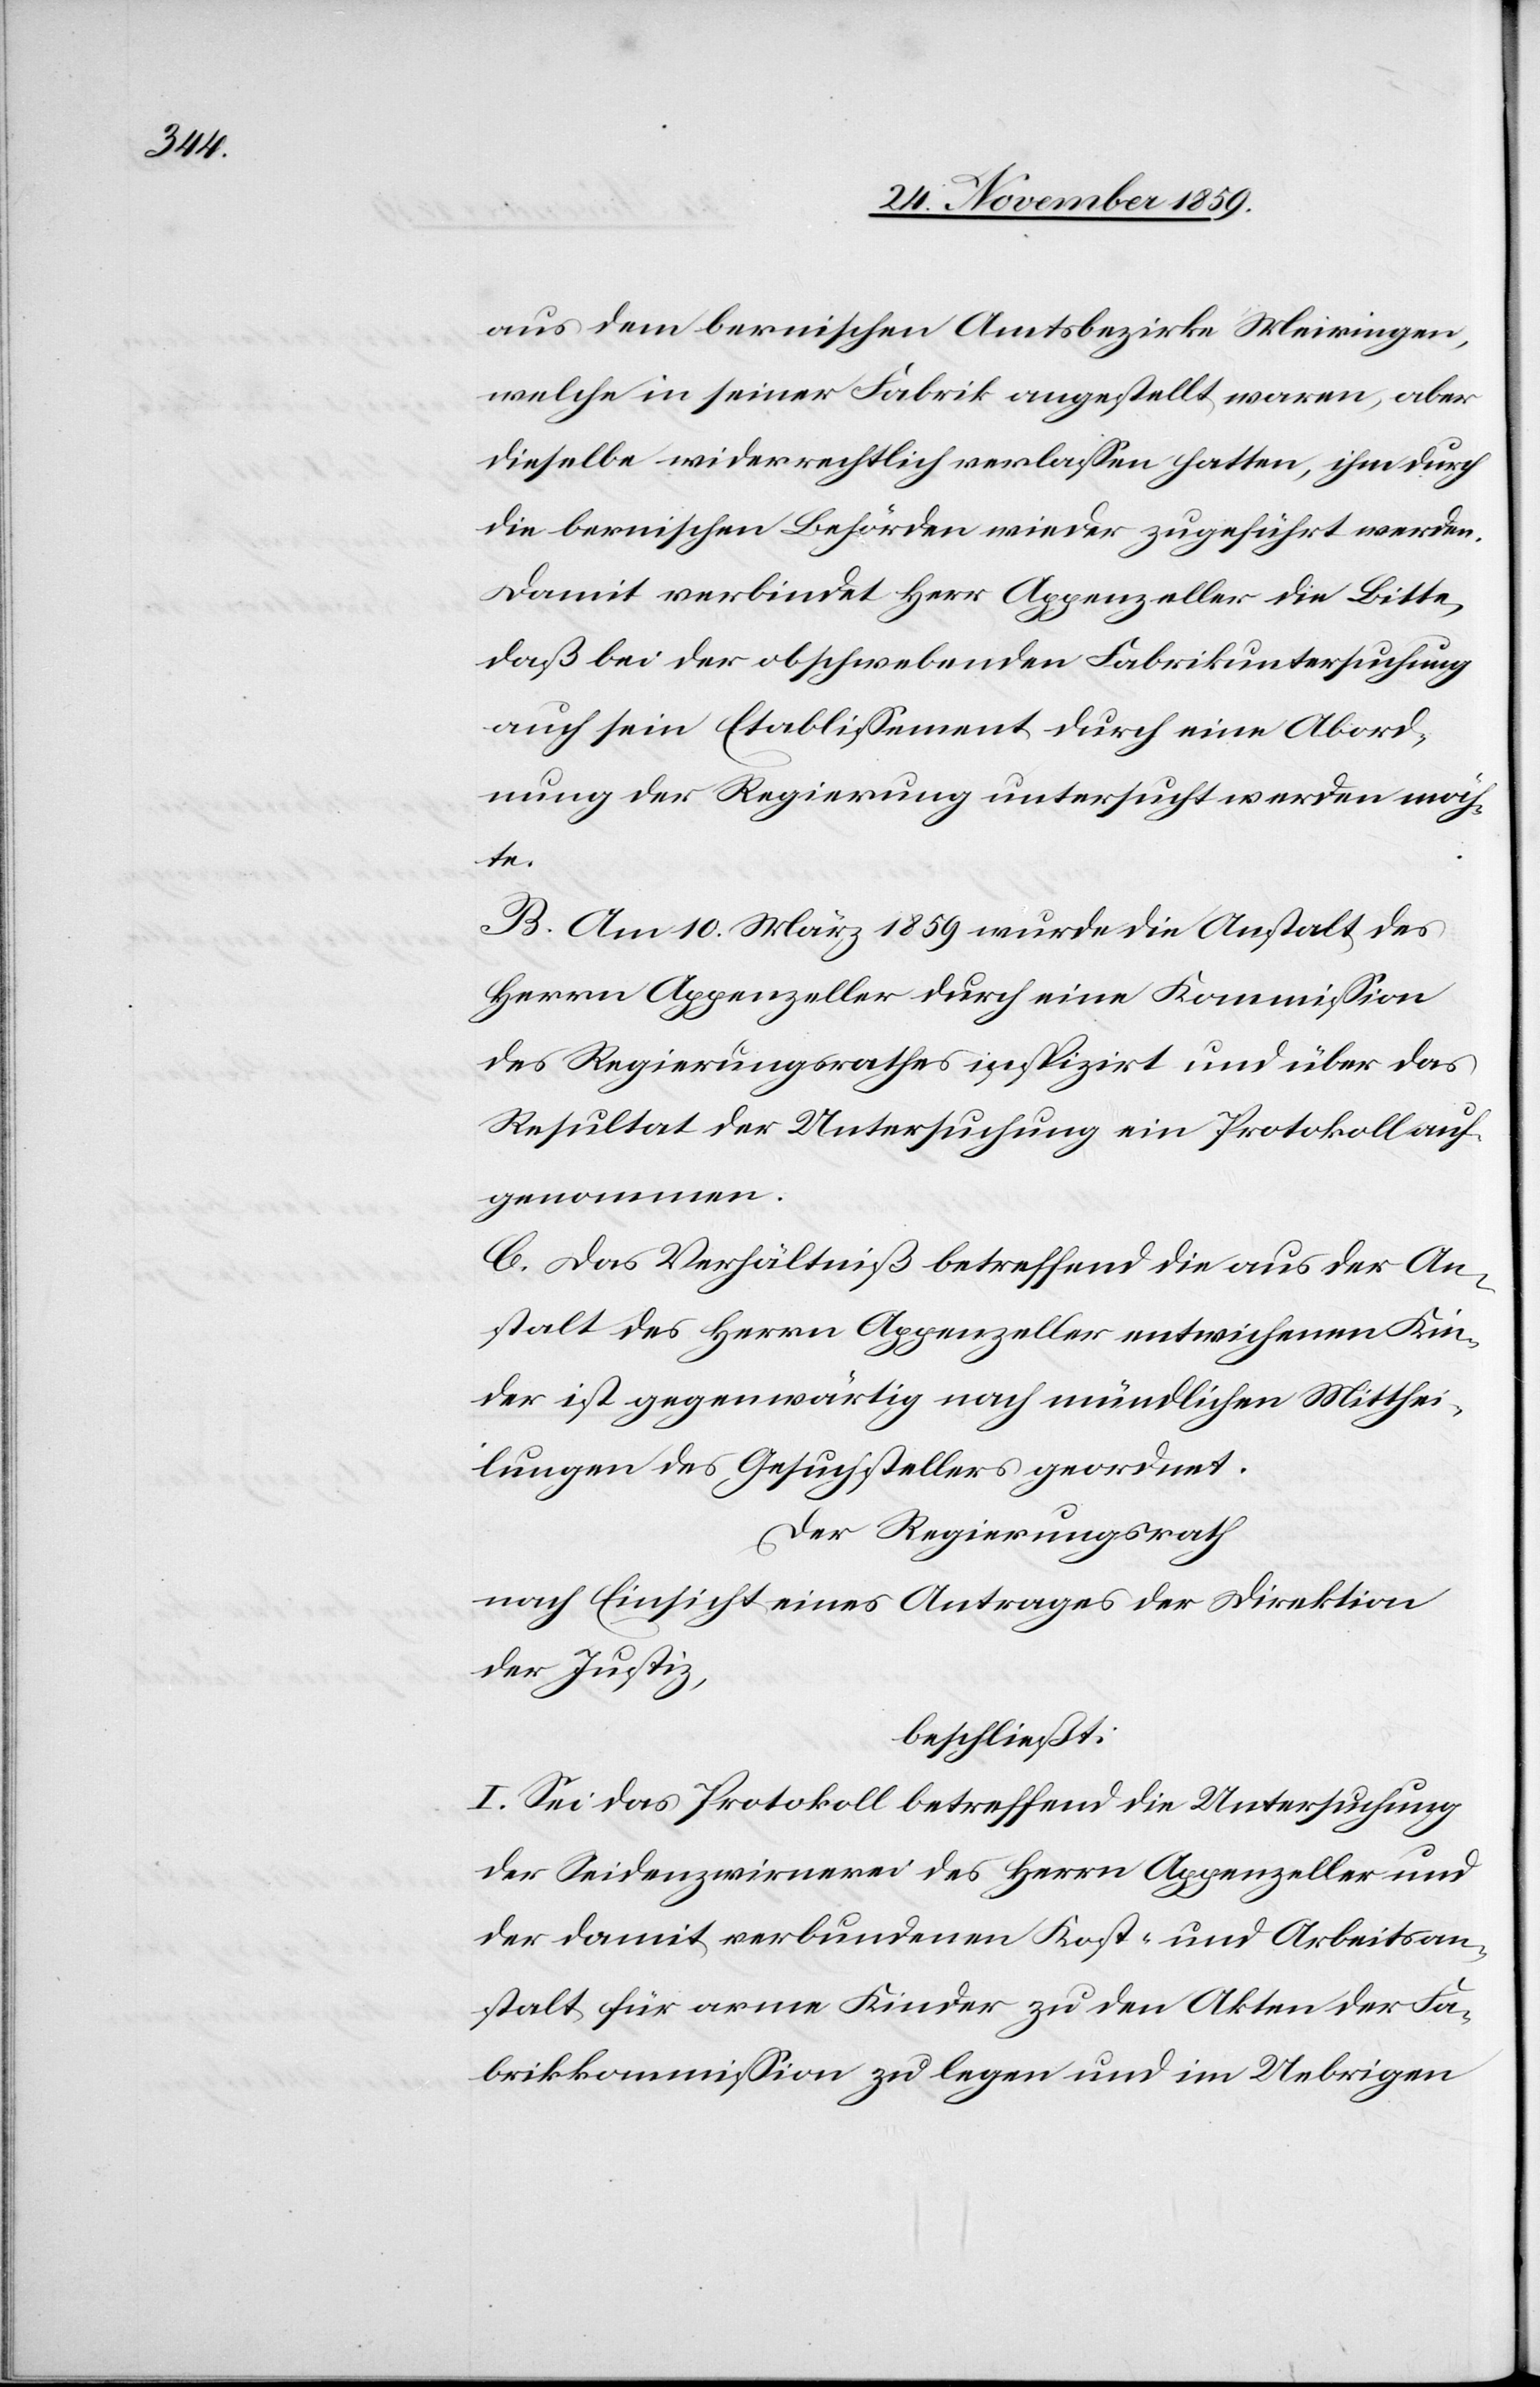
aus dem bernischen Amtsbezirke Meiringen,
welche in seiner Fabrik angestellt waren, aber
dieselbe wiederrechtlich verlassen hatten, ihm durch
die bernischen Behörden wieder zugeführt werden.
Damit verbindet Herr Appenzeller die Bitte,
daß bei der obschwebenden Fabrikuntersuchung
auch sein Etablissement durch eine Abord¬
nung der Regierung untersucht werden möch¬
te.
B. Am 10. März 1859 wurde die Anstalt des
Herrn Appenzeller durch eine Kommission
des Regierungsrathes inspizirt und über das
Resultat der Untersuchung ein Protokoll auf¬
genommen.
C. Das Verhältniß betreffend die aus der An¬
stalt des Herrn Appenzeller entwichenen Kin¬
der ist gegenwärtig nach mündlichen Mitthei¬
lungen des Gesuchstellers geordnet.
Der Regierungsrath
nach Einsicht eines Antrages der Direktion
der Justiz,
beschließt:
I. Sei das Protokoll betreffend die Untersuchung
der Seidenzwirnerei des Herrn Appenzeller und
der damit verbundenen Kost- und Arbeitsan¬
stalt für arme Kinder zu den Akten der Fa¬
brikkommission zu legen und im Uebrigen